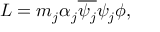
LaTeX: { \cal L } = m _ { j } \alpha _ { j } \overline { { { \psi _ { j } } } } \psi _ { j } \phi ,